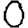
Digit: 0